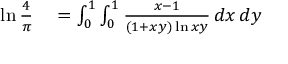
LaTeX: \begin{array} { r l } { \ln { \frac { 4 } { \pi } } } & { { } = \int _ { 0 } ^ { 1 } \int _ { 0 } ^ { 1 } { \frac { x - 1 } { ( 1 + x y ) \ln x y } } \, d x \, d y } \end{array}